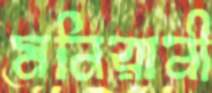
মনিরানী